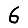
Digit: 6